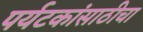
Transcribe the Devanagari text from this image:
पर्यटकांसाठीचा